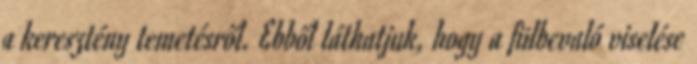
a keresztény temetésről. Ebből láthatjuk, hogy a fülbevaló viselése